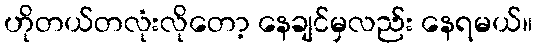
ဟိုတယ်တလုံးလိုတော့ နေချင်မှလည်း နေရမယ်။